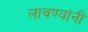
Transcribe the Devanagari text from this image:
लावण्यांनी